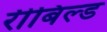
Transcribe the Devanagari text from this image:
रीबिल्ड